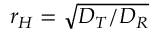
r _ { H } = \sqrt { D _ { T } / D _ { R } }